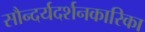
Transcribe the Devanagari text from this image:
सौन्दर्यदर्शनकारिका